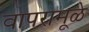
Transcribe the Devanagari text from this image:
वापरामूळे